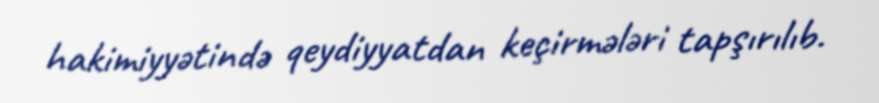
hakimiyyətində qeydiyyatdan keçirmələri tapşırılıb.